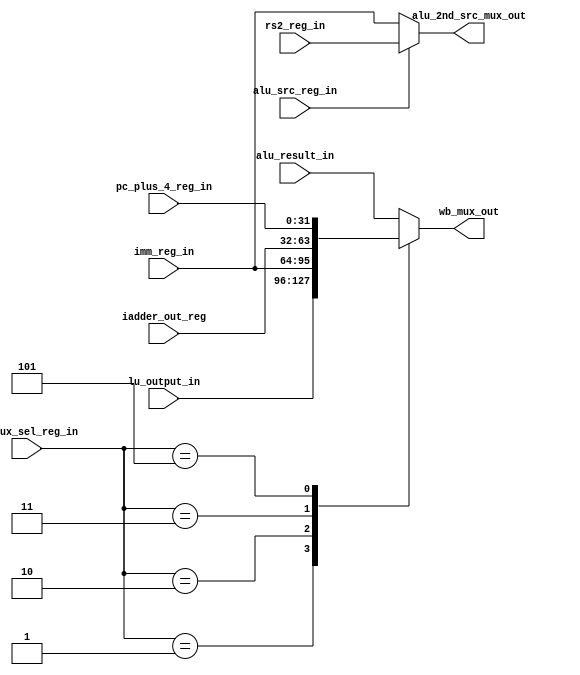
module WB_mux_selection_unit(
    input alu_src_reg_in,
    input [2:0] wb_mux_sel_reg_in,
    input [31:0] alu_result_in,
    input [31:0] lu_output_in,
    input [31:0] imm_reg_in,
    input [31:0] iadder_out_reg,
    input [31:0] pc_plus_4_reg_in,
    input [31:0] rs2_reg_in,
    output [31:0] wb_mux_out,
    output [31:0] alu_2nd_src_mux_out
    );
    
    assign alu_2nd_src_mux_out = (alu_src_reg_in) ? rs2_reg_in : imm_reg_in;
    
    parameter [2:0] WB_MUX          = 3'b000;
    parameter [2:0] WB_LU           = 3'b001 ;
    parameter [2:0] WB_IMM          = 3'b010;
    parameter [2:0] WB_IADDER_OUT   = 3'b011;
    parameter [2:0] WB_PC_PLUS      = 3'b101;
    
    reg [31:0] data_out;
    
    always @ (*)
    begin
        case (wb_mux_sel_reg_in)
            WB_MUX:         data_out <= alu_result_in;
            WB_LU:          data_out <= lu_output_in;
            WB_IMM:         data_out <= imm_reg_in;
            WB_IADDER_OUT:  data_out <= iadder_out_reg;
            WB_PC_PLUS:     data_out <= pc_plus_4_reg_in;
            default:        data_out <= alu_result_in;
        endcase
    end
    
    assign wb_mux_out = data_out;
    
endmodule